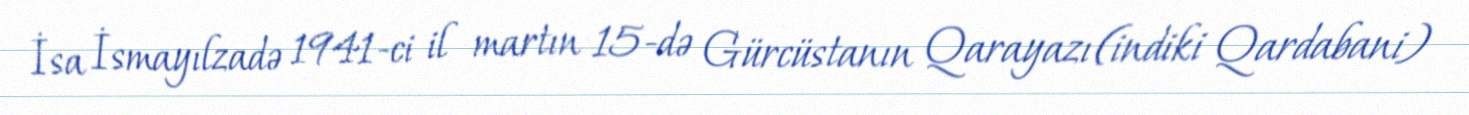
İsa İsmayılzadə 1941-ci il martın 15-də Gürcüstanın Qarayazı (indiki Qardabani)